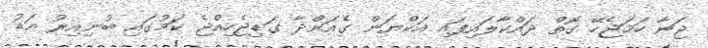
ޖަނާ ހަމަޖެހޭ ގޮތް ދައްކާލައިފައި އަކްޔަން ގެއަށްދާ ގަޑިޖެހިއްެޖެ ކަމުގައި ބުނިއިރު އަޑު